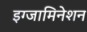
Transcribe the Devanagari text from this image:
इग्जामिनेशन